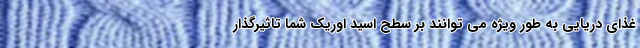
غذای دریایی به طور ویژه می توانند بر سطح اسید اوریک شما تاثیرگذار